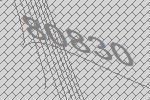
80830